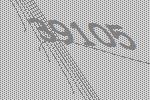
39105